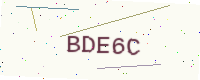
Text: BDE6C